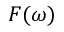
F ( \omega )